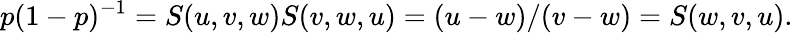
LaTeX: p(1-p)^{-1}=S(u,v,w)S(v,w,u)=(u-w)/(v-w)=S(w,v,u).